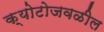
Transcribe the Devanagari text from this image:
क्योटोजवळील